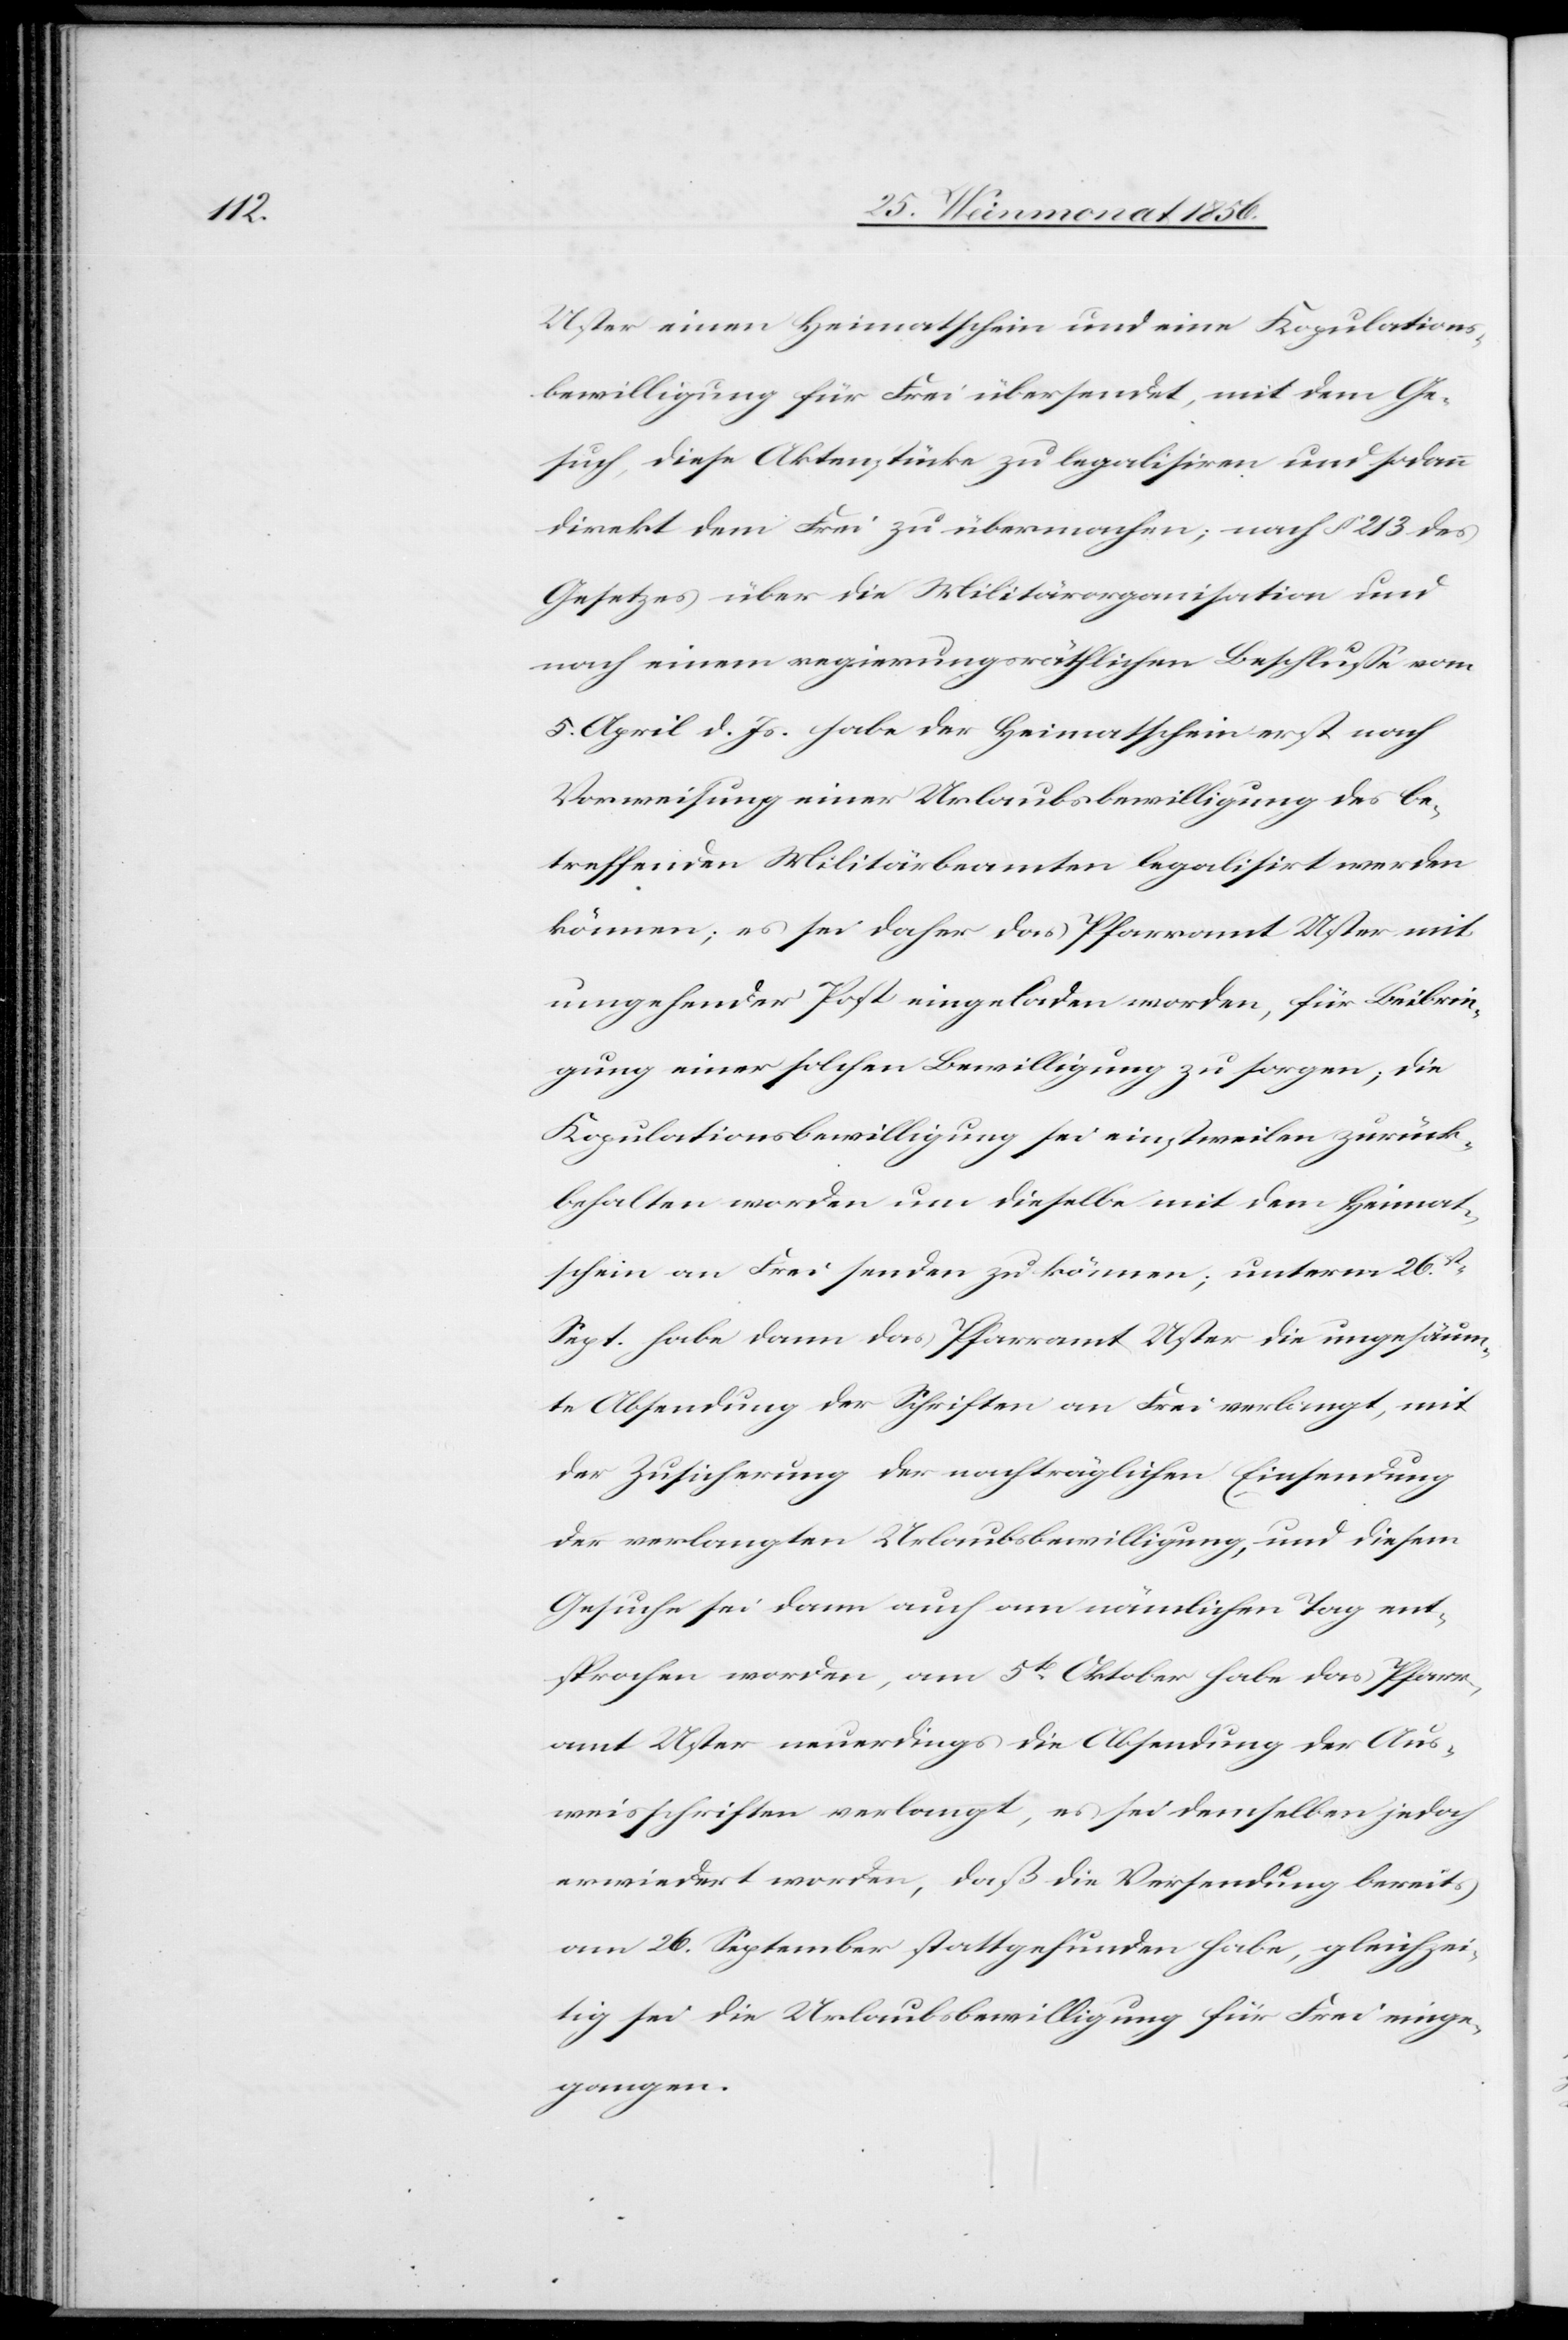
Uster einen Heimatschein und eine Kopulations¬
bewilligung für Frei übersendet, mit dem Ge¬
such, diese Aktenstücke zu legalisiren und sodann
direkt dem Frei zu übermachen; nach § 213 des
Gesetzes über die Militärorganisation und
nach einem regierungsräthlichen Beschlusse vom
5. April d. Js. habe der Heimatschein erst nach
Vorweisung einer Urlaubsbewilligung des be¬
treffenden Militärbeamten legalisirt werden
können; es sei daher das Pfarramt Uster mit
umgehender Post eingeladen worden, für Beibrin¬
gung einer solchen Bewilligung zu sorgen; die
Kopulationsbewilligung sei einstweilen zurück¬
behalten worden um dieselbe mit dem Heimat¬
schein an Frei senden zu können; unterm 26st
Sept. habe dann das Pfarramt Uster die ungesäum¬
te Absendung der Schriften an Frei verlangt, mit
der Zusicherung der nachträglichen Einsendung
der verlangten Urlaubsbewilligung, und diesem
Gesuche sei dann auch am nämlichen Tag ent¬
sprochen worden, am 5t Oktober habe das Pfarr¬
amt Uster neuerdings die Absendung der Aus¬
weisschriften verlangt, es sei demselben jedoch
erwiedert worden, daß die Versendung bereits
am 26. September stattgefunden habe, gleichzei¬
tig sei die Urlaubsbewilligung für Frei einge¬
gangen.